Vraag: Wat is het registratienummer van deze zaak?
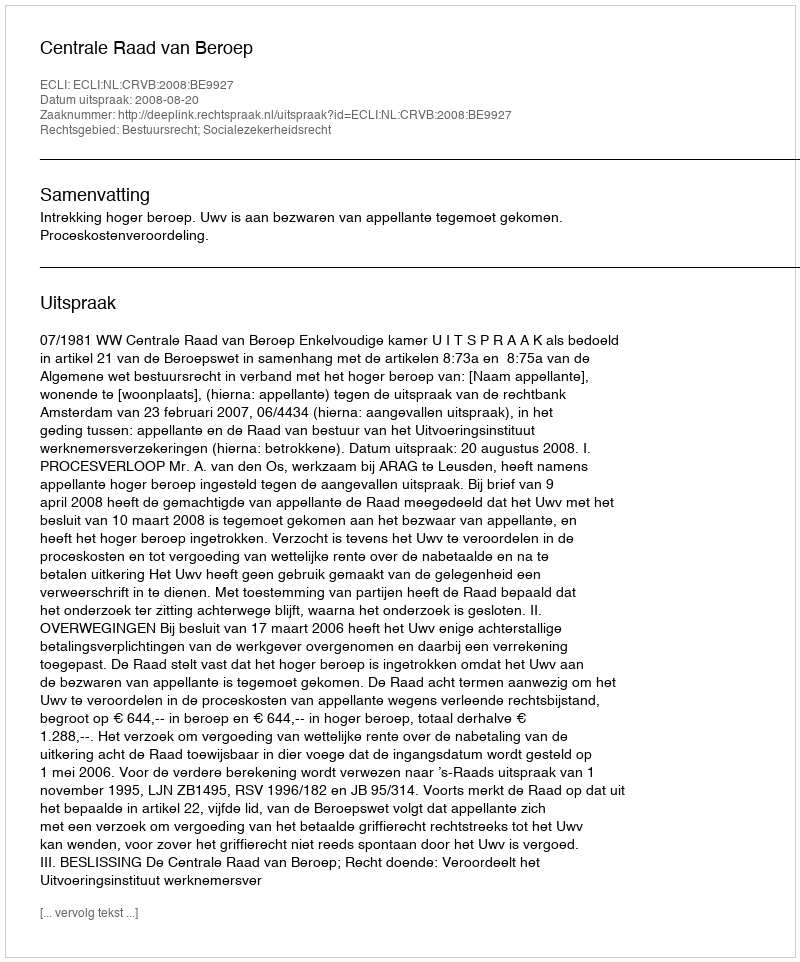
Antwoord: http://deeplink.rechtspraak.nl/uitspraak?id=ECLI:NL:CRVB:2008:BE9927